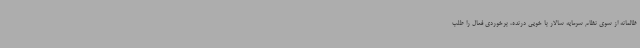
ظالمانه از سوی نظام سرمایه سالار با خویی درنده، برخوردی فعال را طلب